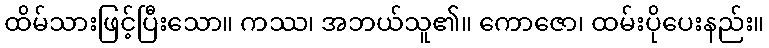
ထိမ်သားဖြင့်ပြီးသော။ ကဿ၊ အဘယ်သူ၏။ ကောဇော၊ ထမ်းပိုပေးနည်း။